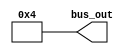
module constant_value_generator_2305001 #(parameter W=8, Value=4)(bus_out);
			output wire[W-1:0] bus_out;
			assign bus_out[W-1:0]=Value;	
endmodule